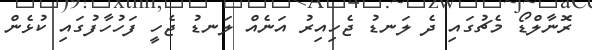
ރޮނާލްޑޯ މެޗުގައި ދެ ލަނޑު ޖެހިއިރު އަނެއް ލަނޑު ޖެހީ ފަހުހާފުގައި ކުޅެން